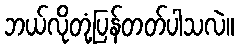
ဘယ်လိုတုံ့ပြန်တတ်ပါသလဲ။